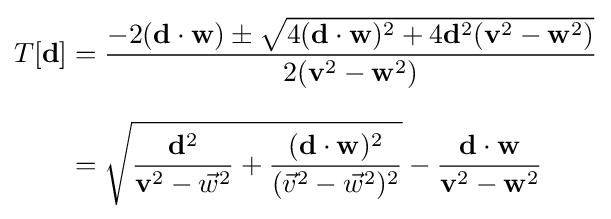
{\begin{aligned}T[\mathbf {d} ]&={\frac {-2(\mathbf {d} \cdot \mathbf {w} )\pm {\sqrt {4(\mathbf {d} \cdot \mathbf {w} )^{2}+4\mathbf {d} ^{2}(\mathbf {v} ^{2}-\mathbf {w} ^{2})}}}{2(\mathbf {v} ^{2}-\mathbf {w} ^{2})}}\\[8pt]&={\sqrt {{\frac {\mathbf {d} ^{2}}{\mathbf {v} ^{2}-{\vec {w}}^{2}}}+{\frac {(\mathbf {d} \cdot \mathbf {w} )^{2}}{({\vec {v}}^{2}-{\vec {w}}^{2})^{2}}}}}-{\frac {\mathbf {d} \cdot \mathbf {w} }{\mathbf {v} ^{2}-\mathbf {w} ^{2}}}\end{aligned}}